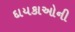
દાયકાઓની